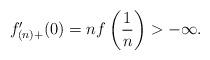
LaTeX: \begin{align*} f_{(n)+}' (0) = n f \left( \frac{1}{n} \right) > - \infty . \end{align*}